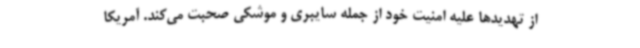
از تهدیدها علیه امنیت خود از جمله سایبری و موشکی صحبت می‌کند. آمریکا